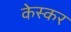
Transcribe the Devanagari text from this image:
केस्कर